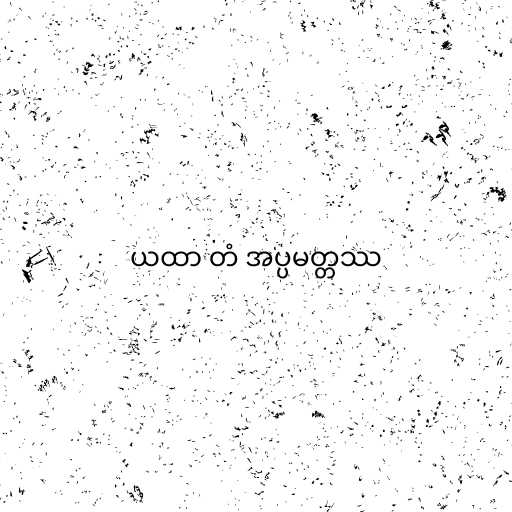
ယထာ တံ အပ္ပမတ္တဿ